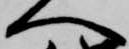
へ